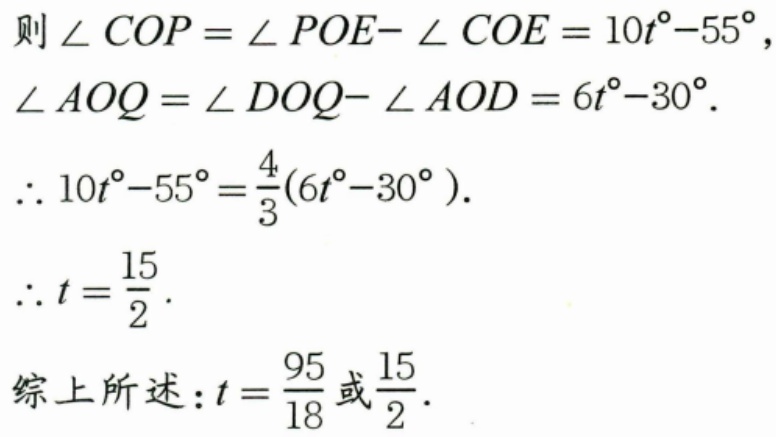
则\(\angle COP=\angle POE - \angle COE = 10t^{\circ}-55^{\circ}\)，
\(\angle AOQ=\angle DOQ - \angle AOD = 6t^{\circ}-30^{\circ}\).
\(\therefore 10t^{\circ}-55^{\circ}=\frac{4}{3}(6t^{\circ}-30^{\circ})\).
\(\therefore t = \frac{15}{2}\).
综上所述：\(t=\frac{95}{18}\)或\(\frac{15}{2}\).